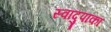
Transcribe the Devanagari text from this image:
स्वादुपाका